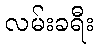
လမ်းခရီး